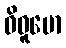
ဝိဓူမော